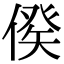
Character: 𠋳